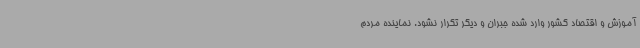
آموزش و اقتصاد کشور وارد شده جبران و دیگر تکرار نشود. نماینده مردم